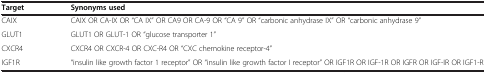
| Target | Synonyms used |
 | --- | --- |
 | CAIX | CAIX OR CA-IX OR “CA IX” OR CA9 OR CA-9 OR “CA 9” OR “carbonic anhydrase IX” OR “carbonic anhydrase 9” |
 | GLUT1 | GLUT1 OR GLUT-1 OR “glucose transporter 1” |
 | CXCR4 | CXCR4 OR CXCR-4 OR CXC-R4 OR “CXC chemokine receptor-4” |
 | IGF1R | “insulin like growth factor 1 receptor” OR “insulin like growth factor I receptor” OR IGF1R OR IGF-1R OR IGFR OR IGF-IR OR IGF1-R |